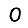
Digit: 0